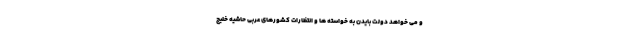
و می خواهد دولت بایدن به خواسته ها و انتظارات کشورهای عربی حاشیه خلیج